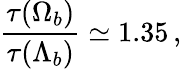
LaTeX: \frac{\tau(\Omega_{b})}{\tau(\Lambda_{b})}\simeq 1.35\, ,